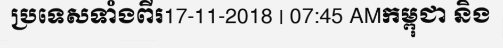
ប្រទេសទាំងពីរ17-11-2018 | 07:45 AMកម្ពុជា និង